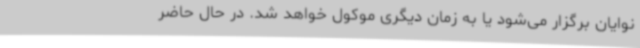
نوایان برگزار می‌شود یا به زمان دیگری موکول خواهد شد. در حال حاضر